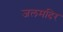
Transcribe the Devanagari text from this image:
जलमदिर